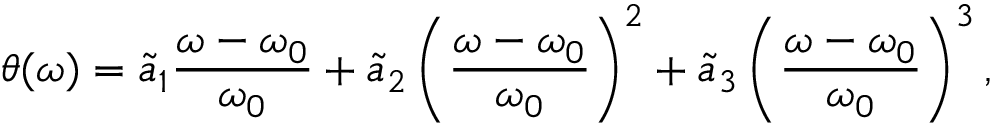
\theta ( \omega ) = \Tilde { a } _ { 1 } \frac { \omega - \omega _ { 0 } } { \omega _ { 0 } } + \Tilde { a } _ { 2 } \left( \frac { \omega - \omega _ { 0 } } { \omega _ { 0 } } \right) ^ { 2 } + \Tilde { a } _ { 3 } \left( \frac { \omega - \omega _ { 0 } } { \omega _ { 0 } } \right) ^ { 3 } ,